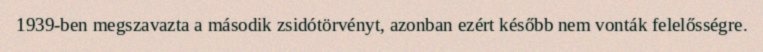
1939-ben megszavazta a második zsidótörvényt, azonban ezért később nem vonták felelősségre.